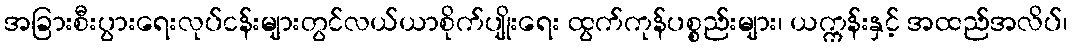
အခြားစီးပွားရေးလုပ်ငန်းများတွင်လယ်ယာစိုက်ပျိုးရေး ထွက်ကုန်ပစ္စည်းများ၊ ယက္ကန်းနှင့် အထည်အလိပ်၊